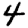
Digit: 4